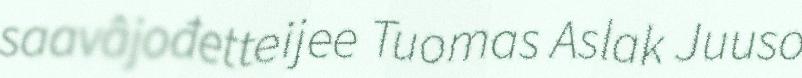
saavâjođetteijee Tuomas Aslak Juuso